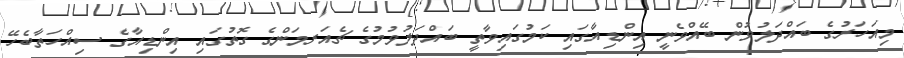
މިއަހަރުގެ ބައްދަލުވުން ބޭއްވެނީ އިންޑިއާގައި ކަމުގައިވާތީ ބައްދަލުވުމުގެ ޗެއަރމަންގެ ގޮތުގައި އިންޑިއާގެ ސިއްހަތާބެހޭ